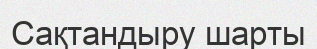
Сақтандыру шарты